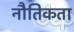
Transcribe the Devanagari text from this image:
नौतिकता